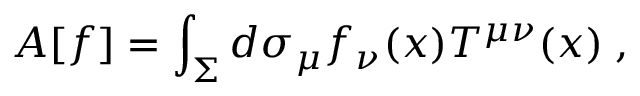
A [ f ] = \int _ { \Sigma } d \sigma _ { \mu } f _ { \nu } ( x ) T ^ { \mu \nu } ( x ) \; ,